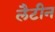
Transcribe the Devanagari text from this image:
लैटीन